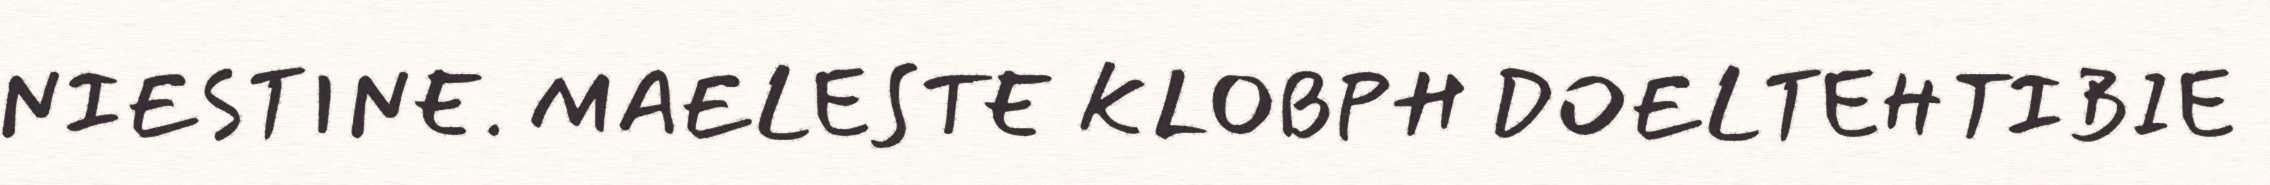
NIESTINE. MAELESTE KLOBPH DOELTEHTIBIE